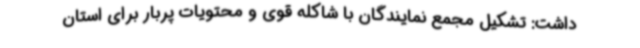
داشت: تشکیل مجمع نمایندگان با شاکله قوی و محتویات پربار برای استان